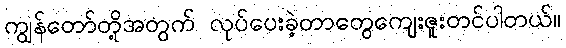
ကျွန်တော်တို့အတွက် လုပ်ပေးခဲ့တာတွေကျေးဇူးတင်ပါတယ်။